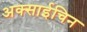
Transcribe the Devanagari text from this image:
अक्साईचिन